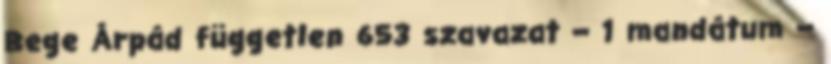
Bege Árpád független 653 szavazat – 1 mandátum –